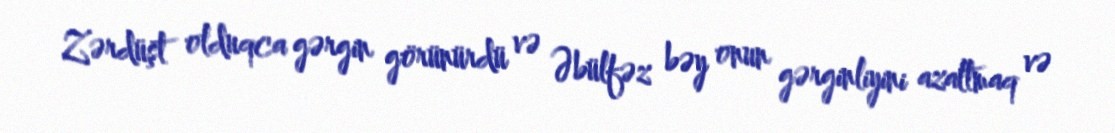
Zərdüşt olduqca gərgin görünürdü və Əbülfəz bəy onun gərginliyini azaltmaq və